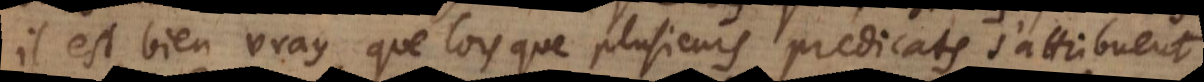
Il est bien vray, que lorsque plusieurs predicats s’attribuent